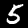
Digit: 5